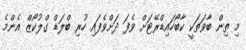
މި ތިން ބާވަތަކީ ކާބޯހައިޑްރޭޓަށް ވެފަ ދަށްވެފައި ހުރި ބްލަޑް ގްލުކޯޒް އެންމެ